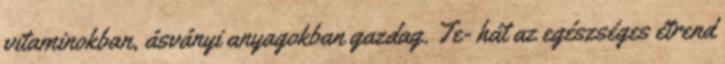
vitaminokban, ásványi anyagokban gazdag. Te- hát az egészséges étrend